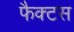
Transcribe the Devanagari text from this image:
फैक्टस